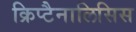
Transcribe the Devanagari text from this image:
क्रिप्टैनालिसिस